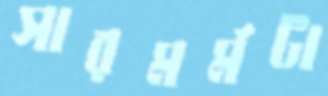
সারমর্মটা